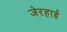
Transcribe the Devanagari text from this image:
जेरहार्ड